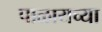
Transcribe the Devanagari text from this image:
पाळायच्या